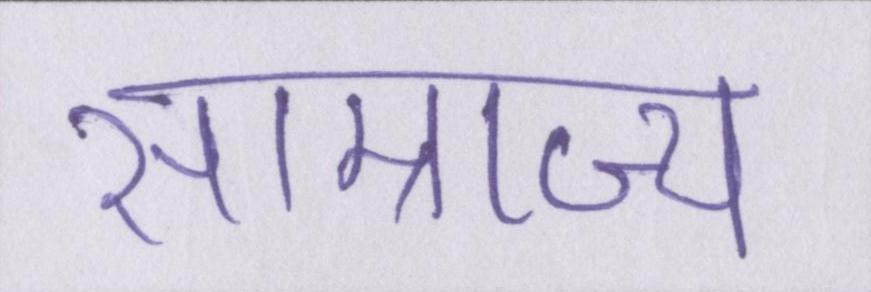
साम्राज्य